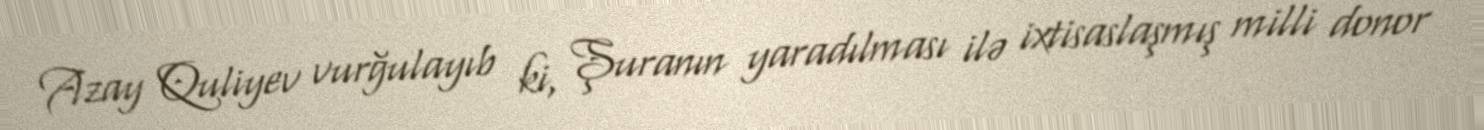
Azay Quliyev vurğulayıb ki, Şuranın yaradılması ilə ixtisaslaşmış milli donor